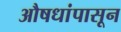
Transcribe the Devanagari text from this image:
औषधांपासून